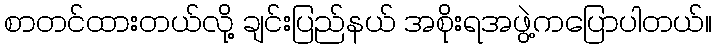
စာတင်ထားတယ်လို့ ချင်းပြည်နယ် အစိုးရအဖွဲ့ကပြောပါတယ်။